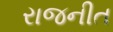
રાજનીત